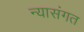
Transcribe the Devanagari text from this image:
न्यासंगत